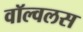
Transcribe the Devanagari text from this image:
वॉल्वलस